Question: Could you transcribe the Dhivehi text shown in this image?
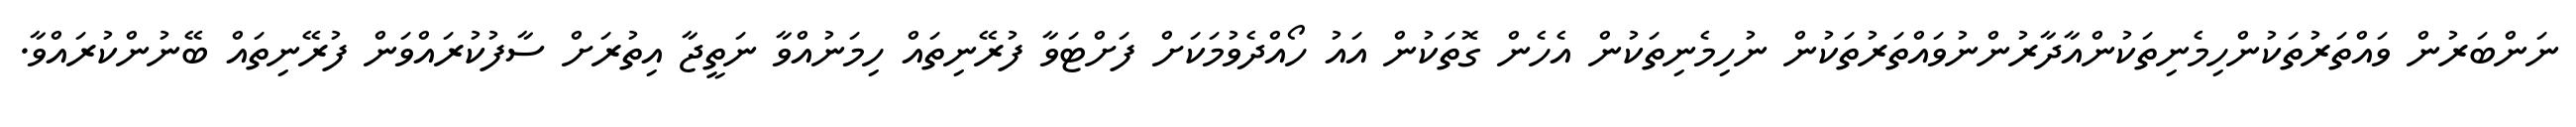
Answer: ނަންބަރުން ވައްތަރުތަކުންހިމެނިތަކުންއާދާރުންނުވައްތަރުތަކުން ނުހިމެނިތަކުން އެހެން ގޮތަކުން އައު ހޯއްދެވުމަކަށް ފަށްޓަވާ ފުރޭނިތައް ހިމަނުއްވާ ނަތީޖާ އިތުރަށް ސާފުކުރައްވަން ފުރޭނިތައް ބޭނުންކުރައްވާ.